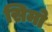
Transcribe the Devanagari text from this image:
सिमो